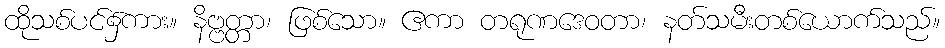
ထိုသစ်ပင်၌ကား။ နိဗ္ဗတ္တာ၊ ဖြစ်သော။ ဧကာ တရုဏဒေဝတာ၊ နတ်သမီးတစ်ယောက်သည်။